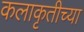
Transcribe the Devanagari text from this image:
कलाकृतीच्या